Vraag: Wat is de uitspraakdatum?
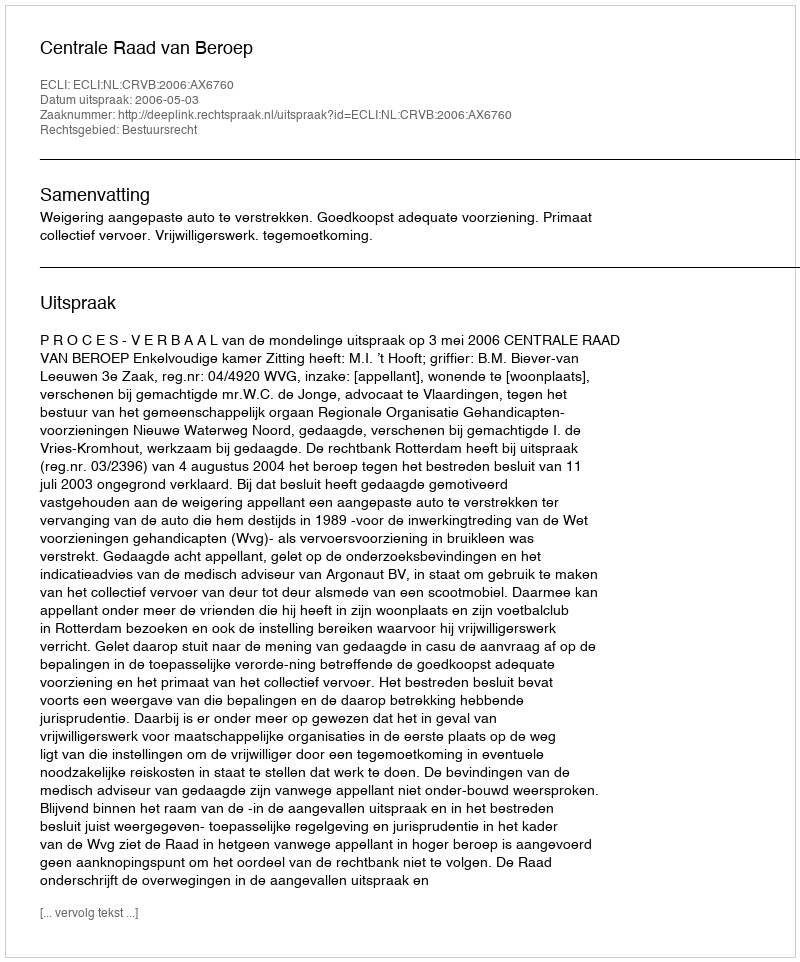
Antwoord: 2006-05-03